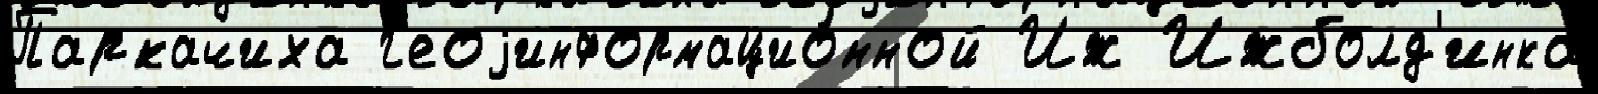
Паркачиха г'еоjинформацио́нной Иж Ижболд'инка